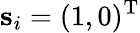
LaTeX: \mathbf{s}_{i}=(1,0)^{\mathrm{T}}